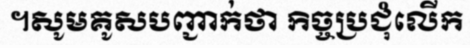
។សូមគូសបញ្ជាក់ថា កិច្ចប្រជុំលើក